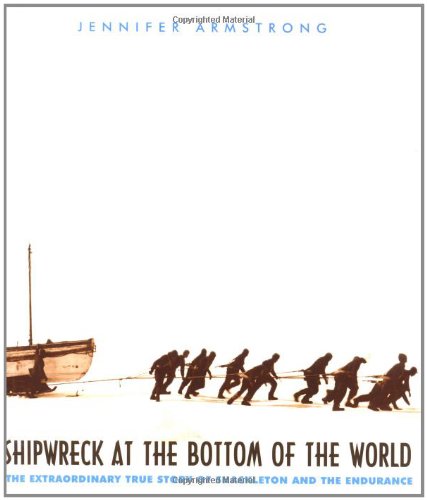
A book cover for Shipwreck at the Bottom of the World: The Extraordinary True Story of Shackleton and the Endurance; Jennifer Armstrong; History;